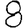
Digit: 8